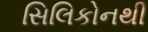
સિલિકોનથી